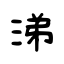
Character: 涕